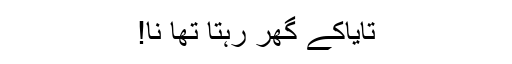
تایاکے گھر رہتا تھا نا!